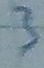
Text: 3